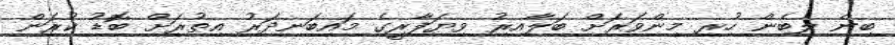
ބިން ލިބެން ހުރި މިންވަރަށް ބަލާއިރު ވިޔަފާރީގެ މައިބަނދަރު އިތުރަށް ބޮޑު ކުރަން